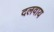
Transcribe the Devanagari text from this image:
दलवाय